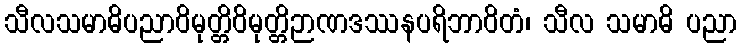
သီလသမာဓိပညာဝိမုတ္တိဝိမုတ္တိဉာဏဒဿနပရိဘာဝိတံ၊ သီလ သမာဓိ ပညာ